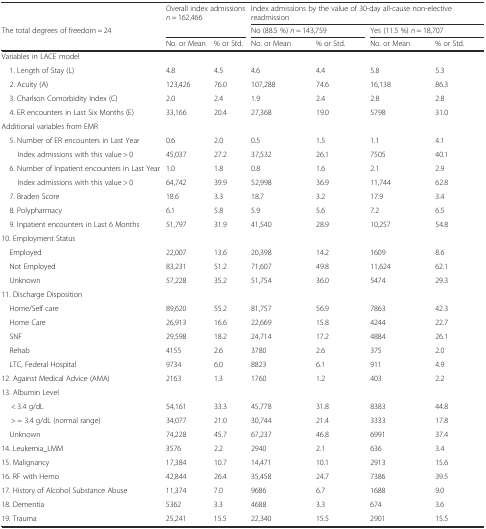
<table><thead><tr><td></td><td rowspan="2" colspan="2"><b>Overall index admissions<i>n</i> = 162,466</b></td><td colspan="4"><b>Index admissions by the value of 30-day all-cause non-elective readmission</b></td></tr><tr><td><b>The total degrees of freedom = 24</b></td><td colspan="2"><b>No (88.5 %)<i>n</i> = 143,759</b></td><td colspan="2"><b>Yes (11.5 %)<i>n</i> = 18,707</b></td></tr><tr><td></td><td><b>No. or Mean</b></td><td><b>% or Std.</b></td><td><b>No. or Mean</b></td><td><b>% or Std.</b></td><td><b>No. or Mean</b></td><td><b>% or Std.</b></td></tr></thead><tbody><tr><td colspan="7">Variables in LACE model</td></tr><tr><td> 1. Length of Stay (L)</td><td>4.8</td><td>4.5</td><td>4.6</td><td>4.4</td><td>5.8</td><td>5.3</td></tr><tr><td> 2. Acuity (A)</td><td>123,426</td><td>76.0</td><td>107,288</td><td>74.6</td><td>16,138</td><td>86.3</td></tr><tr><td> 3. Charlson Comorbidity Index (C)</td><td>2.0</td><td>2.4</td><td>1.9</td><td>2.4</td><td>2.8</td><td>2.8</td></tr><tr><td> 4. ER encounters in Last Six Months (E)</td><td>33,166</td><td>20.4</td><td>27,368</td><td>19.0</td><td>5798</td><td>31.0</td></tr><tr><td colspan="7">Additional variables from EMR</td></tr><tr><td> 5. Number of ER encounters in Last Year</td><td>0.6</td><td>2.0</td><td>0.5</td><td>1.5</td><td>1.1</td><td>4.1</td></tr><tr><td>Index admissions with this value &gt; 0</td><td>45,037</td><td>27.2</td><td>37,532</td><td>26.1</td><td>7505</td><td>40.1</td></tr><tr><td> 6. Number of Inpatient encounters in Last Year</td><td>1.0</td><td>1.8</td><td>0.8</td><td>1.6</td><td>2.1</td><td>2.9</td></tr><tr><td>Index admissions with this value &gt; 0</td><td>64,742</td><td>39.9</td><td>52,998</td><td>36.9</td><td>11,744</td><td>62.8</td></tr><tr><td> 7. Braden Score</td><td>18.6</td><td>3.3</td><td>18.7</td><td>3.2</td><td>17.9</td><td>3.4</td></tr><tr><td> 8. Polypharmacy</td><td>6.1</td><td>5.8</td><td>5.9</td><td>5.6</td><td>7.2</td><td>6.5</td></tr><tr><td> 9. Inpatient encounters in Last 6 Months</td><td>51,797</td><td>31.9</td><td>41,540</td><td>28.9</td><td>10,257</td><td>54.8</td></tr><tr><td>10. Employment Status</td><td></td><td></td><td></td><td></td><td></td><td></td></tr><tr><td> Employed</td><td>22,007</td><td>13.6</td><td>20,398</td><td>14.2</td><td>1609</td><td>8.6</td></tr><tr><td> Not Employed</td><td>83,231</td><td>51.2</td><td>71,607</td><td>49.8</td><td>11,624</td><td>62.1</td></tr><tr><td> Unknown</td><td>57,228</td><td>35.2</td><td>51,754</td><td>36.0</td><td>5474</td><td>29.3</td></tr><tr><td>11. Discharge Disposition</td><td></td><td></td><td></td><td></td><td></td><td></td></tr><tr><td> Home/Self care</td><td>89,620</td><td>55.2</td><td>81,757</td><td>56.9</td><td>7863</td><td>42.3</td></tr><tr><td> Home Care</td><td>26,913</td><td>16.6</td><td>22,669</td><td>15.8</td><td>4244</td><td>22.7</td></tr><tr><td> SNF</td><td>29,598</td><td>18.2</td><td>24,714</td><td>17.2</td><td>4884</td><td>26.1</td></tr><tr><td> Rehab</td><td>4155</td><td>2.6</td><td>3780</td><td>2.6</td><td>375</td><td>2.0</td></tr><tr><td> LTC, Federal Hospital</td><td>9734</td><td>6.0</td><td>8823</td><td>6.1</td><td>911</td><td>4.9</td></tr><tr><td>12. Against Medical Advice (AMA)</td><td>2163</td><td>1.3</td><td>1760</td><td>1.2</td><td>403</td><td>2.2</td></tr><tr><td>13. Albumin Level</td><td></td><td></td><td></td><td></td><td></td><td></td></tr><tr><td>&lt; 3.4 g/dL</td><td>54,161</td><td>33.3</td><td>45,778</td><td>31.8</td><td>8383</td><td>44.8</td></tr><tr><td>&gt; = 3.4 g/dL (normal range)</td><td>34,077</td><td>21.0</td><td>30,744</td><td>21.4</td><td>3333</td><td>17.8</td></tr><tr><td> Unknown</td><td>74,228</td><td>45.7</td><td>67,237</td><td>46.8</td><td>6991</td><td>37.4</td></tr><tr><td>14. Leukemia_LMM</td><td>3576</td><td>2.2</td><td>2940</td><td>2.1</td><td>636</td><td>3.4</td></tr><tr><td>15. Malignancy</td><td>17,384</td><td>10.7</td><td>14,471</td><td>10.1</td><td>2913</td><td>15.6</td></tr><tr><td>16. RF with Hemo</td><td>42,844</td><td>26.4</td><td>35,458</td><td>24.7</td><td>7386</td><td>39.5</td></tr><tr><td>17. History of Alcohol Substance Abuse</td><td>11,374</td><td>7.0</td><td>9686</td><td>6.7</td><td>1688</td><td>9.0</td></tr><tr><td>18. Dementia</td><td>5362</td><td>3.3</td><td>4688</td><td>3.3</td><td>674</td><td>3.6</td></tr><tr><td>19. Trauma</td><td>25,241</td><td>15.5</td><td>22,340</td><td>15.5</td><td>2901</td><td>15.5</td></tr></tbody></table>